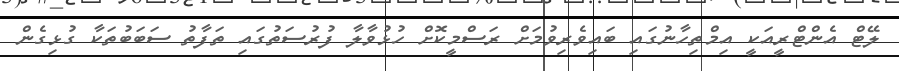
ލޭޓް އެންޓްރީއަކީ އިމްތިހާނުގައި ބައިވެރިވުމަށް ރަސްމީކޮށް ހުޅުވާލާ ފުރުސަތުގައި ތަފާތު ސަބަބުތަކާ ގުޅިގެން